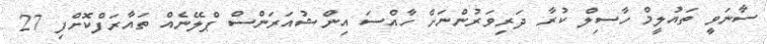
ސާނަވީ ތައުލީމް ހާސިލް ކުރާ ދަރިވަރުންނަށް ހާއްސަ އިންޝުއަރަންސް ޕްލޭނެއް ތައާރަފްކޮށްފި 27